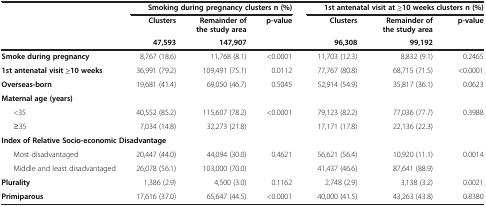
|  | <COLSPAN=3> Smoking during pregnancy clusters n (%) | <COLSPAN=3> 1st antenatal visit at ≥10 weeks clusters n (%) |
 |  | Clusters | Remainder of the study area | p-value | Clusters | Remainder of the study area | p-value |
 |  | 47,593 | 147,907 |  | 96,308 | 99,192 |  |
 | --- | --- | --- | --- | --- | --- | --- |
 | Smoke during pregnancy | 8,767 (18.6) | 11,768 (8.1) | <0.0001 | 11,703 (12.3) | 8,832 (9.1) | 0.2465 |
 | 1st antenatal visit ≥10 weeks | 36,991 (79.2) | 109,491 (75.1) | 0.0112 | 77,767 (80.8) | 68,715 (71.5) | <0.0001 |
 | Overseas-born | 19,681 (41.4) | 69,050 (46.7) | 0.5045 | 52,914 (54.9) | 35,817 (36.1) | 0.0623 |
 | <COLSPAN=7> Maternal age (years) |
 | <35 | 40,552 (85.2) | 115,607 (78.2) | <0.0001 | 79,123 (82.2) | 77,036 (77.7) | 0.3988 |
 | ≥35 | 7,034 (14.8) | 32,273 (21.8) |  | 17,171 (17.8) | 22,136 (22.3) |  |
 | <COLSPAN=7> Index of Relative Socio-economic Disadvantage |
 | Most disadvantaged | 20,447 (44.0) | 44,094 (30.0) | 0.4621 | 56,621 (56.4) | 10,920 (11.1) | 0.0014 |
 | Middle and least disadvantaged | 26,078 (56.1) | 103,000 (70.0) |  | 41,437 (46.6) | 87,641 (88.9) |  |
 | Plurality | 1,386 (2.9) | 4,500 (3.0) | 0.1162 | 2,748 (2.9) | 3,138 (3.2) | 0.0021 |
 | Primiparous | 17,616 (37.0) | 65,647 (44.5) | <0.0001 | 40,000 (41.5) | 43,263 (43.8) | 0.8380 |